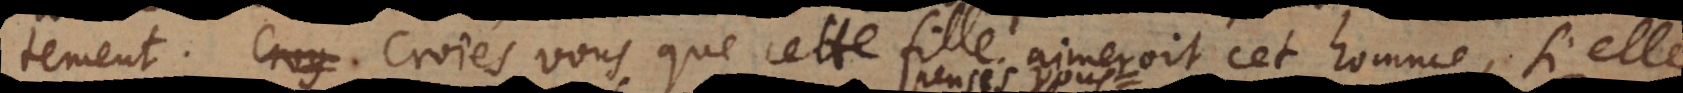
tement. Croiés‐vous que cette fille aimeroit cet homme, si elle